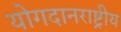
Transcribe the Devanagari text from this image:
योगदानराष्ट्रीय